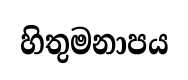
හිතුමනාපය